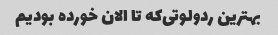
بهترین ردولوتی‌که تا الان خورده بودیم